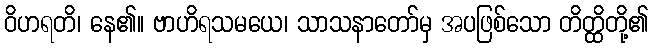
ဝိဟရတိ၊ နေ၏။ ဗာဟိရသမယေ၊ သာသနာတော်မှ အပဖြစ်သော တိတ္ထိတို့၏